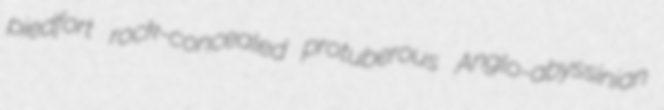
piedfort rock-concealed protuberous Anglo-abyssinian